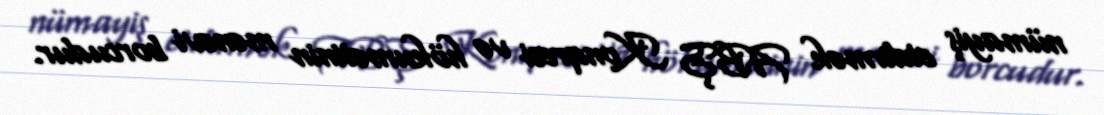
nümayiş etdirmək ABŞ Konqresi və hökumətinin mənəvi borcudur.